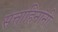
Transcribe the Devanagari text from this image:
सत्ताहिनांनी